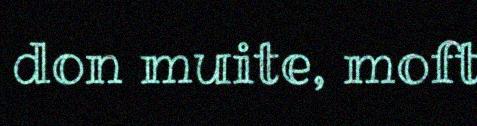
don muite, moft